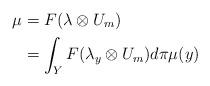
LaTeX: \begin{align*} \mu &= F(\lambda \otimes U_m)\\ &= \int_Y F(\lambda_y \otimes U_m) d\pi\mu(y)\end{align*}